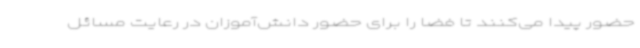
حضور پیدا می‌کنند تا فضا را برای حضور دانش‌آموزان در رعایت مسائل